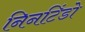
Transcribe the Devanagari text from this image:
निनटिंडो